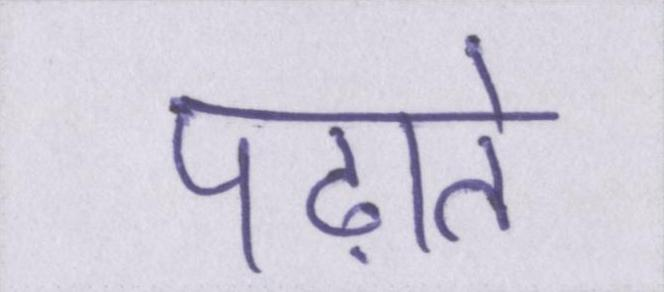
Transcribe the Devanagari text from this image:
पढ़ाते